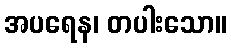
အပရေန၊ တပါးသော။